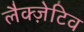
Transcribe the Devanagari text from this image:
लैक्ज़ेटिव